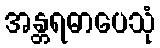
အန္တရဓာပေသုံ